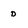
Character: d